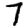
Digit: 7